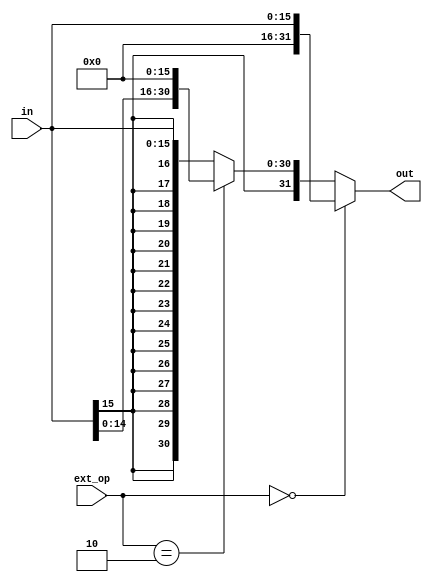
module EXT_OP(input  [15:0] in,
              input  [1:0]  ext_op,
				  output [31:0] out
				  );

	wire [31:0] sign,zero,shift;
	assign sign={{16{in[15]}},in};
	assign zero={16'b0,in};
	assign shift={in,16'b0};
	assign out = (ext_op==2'b00)?  zero:
	             (ext_op==2'b10)?  shift:
					                   sign;
endmodule